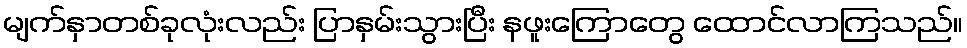
မျက်နှာတစ်ခုလုံးလည်း ပြာနှမ်းသွားပြီး နဖူးကြောတွေ ထောင်လာကြသည်။